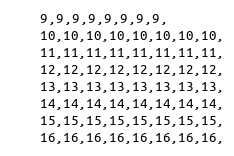
Language: C++
	9,9,9,9,9,9,9,9,
	10,10,10,10,10,10,10,10,
	11,11,11,11,11,11,11,11,
	12,12,12,12,12,12,12,12,
	13,13,13,13,13,13,13,13,
	14,14,14,14,14,14,14,14,
	15,15,15,15,15,15,15,15,
	16,16,16,16,16,16,16,16,